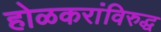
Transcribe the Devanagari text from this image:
होळकरांविरुद्ध